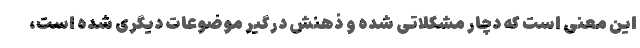
این معنی است که دچار مشکلاتی شده و ذهنش درگیر موضوعات دیگری شده است،